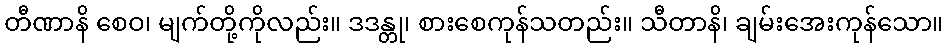
တီဏာနိ စေဝ၊ မျက်တို့ကိုလည်း။ ဒဒန္တု၊ စားစေကုန်သတည်း။ သီတာနိ၊ ချမ်းအေးကုန်သော။